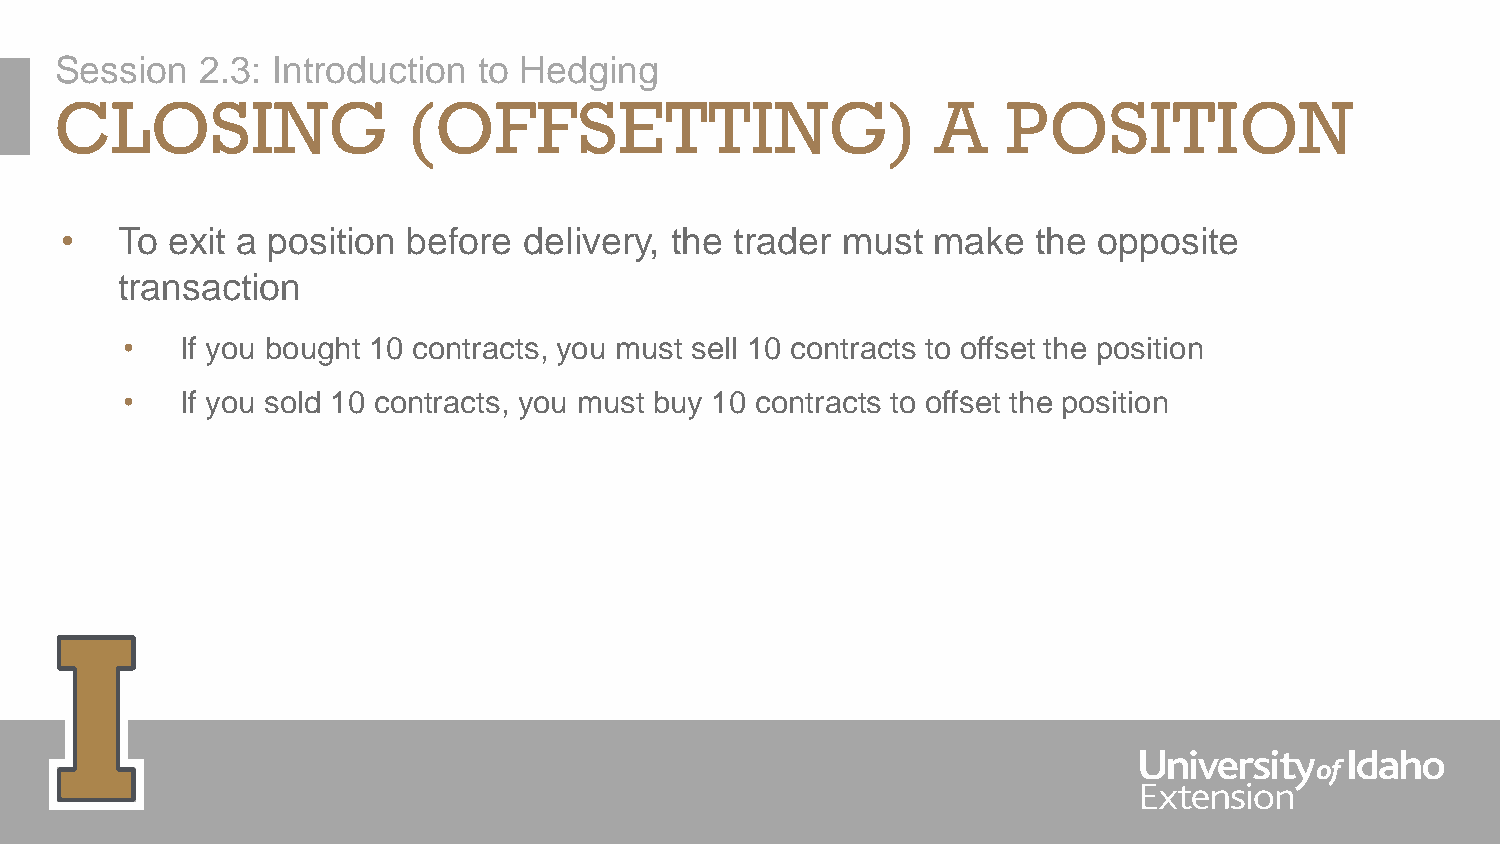
Session  2.3: Introduction  to Hedging
 CLOSING                (OFFSETTING)                       A    POSITION
 •   To exit a position before  delivery, the trader must  make   the opposite
 transaction
 •   If you bought 10 contracts, you must sell 10 contracts to offset the position
 •   If you sold 10 contracts, you must buy 10 contracts to offset the position